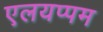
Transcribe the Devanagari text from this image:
एलयप्पम